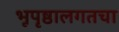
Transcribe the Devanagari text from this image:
भूपृष्ठालगतचा